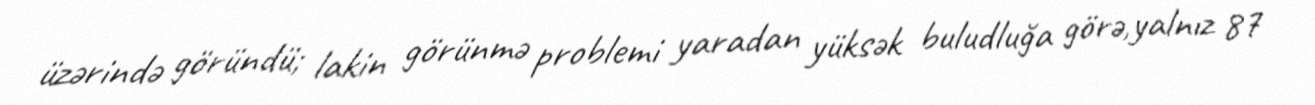
üzərində göründü; lakin görünmə problemi yaradan yüksək buludluğa görə,yalnız 87